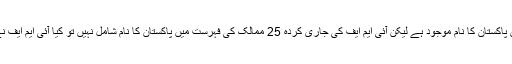
‏‎انڈپینڈنٹ اردو کے ایک سوال پر جس میں پوچھا گیا تھا کہ جی 20 ممالک کی ریلیف فہرست میں پاکستان کا نام موجود ہے لیکن آئی ایم ایف کی جاری کردہ 25 ممالک کی فہرست میں پاکستان کا نام شامل نہیں تو کیا آئی ایم ایف نے پاکستان کو باضابطہ طور مطلع کر دیا ہے کہ پاکستان ریلیف پانے والے ممالک میں شامل ہے؟